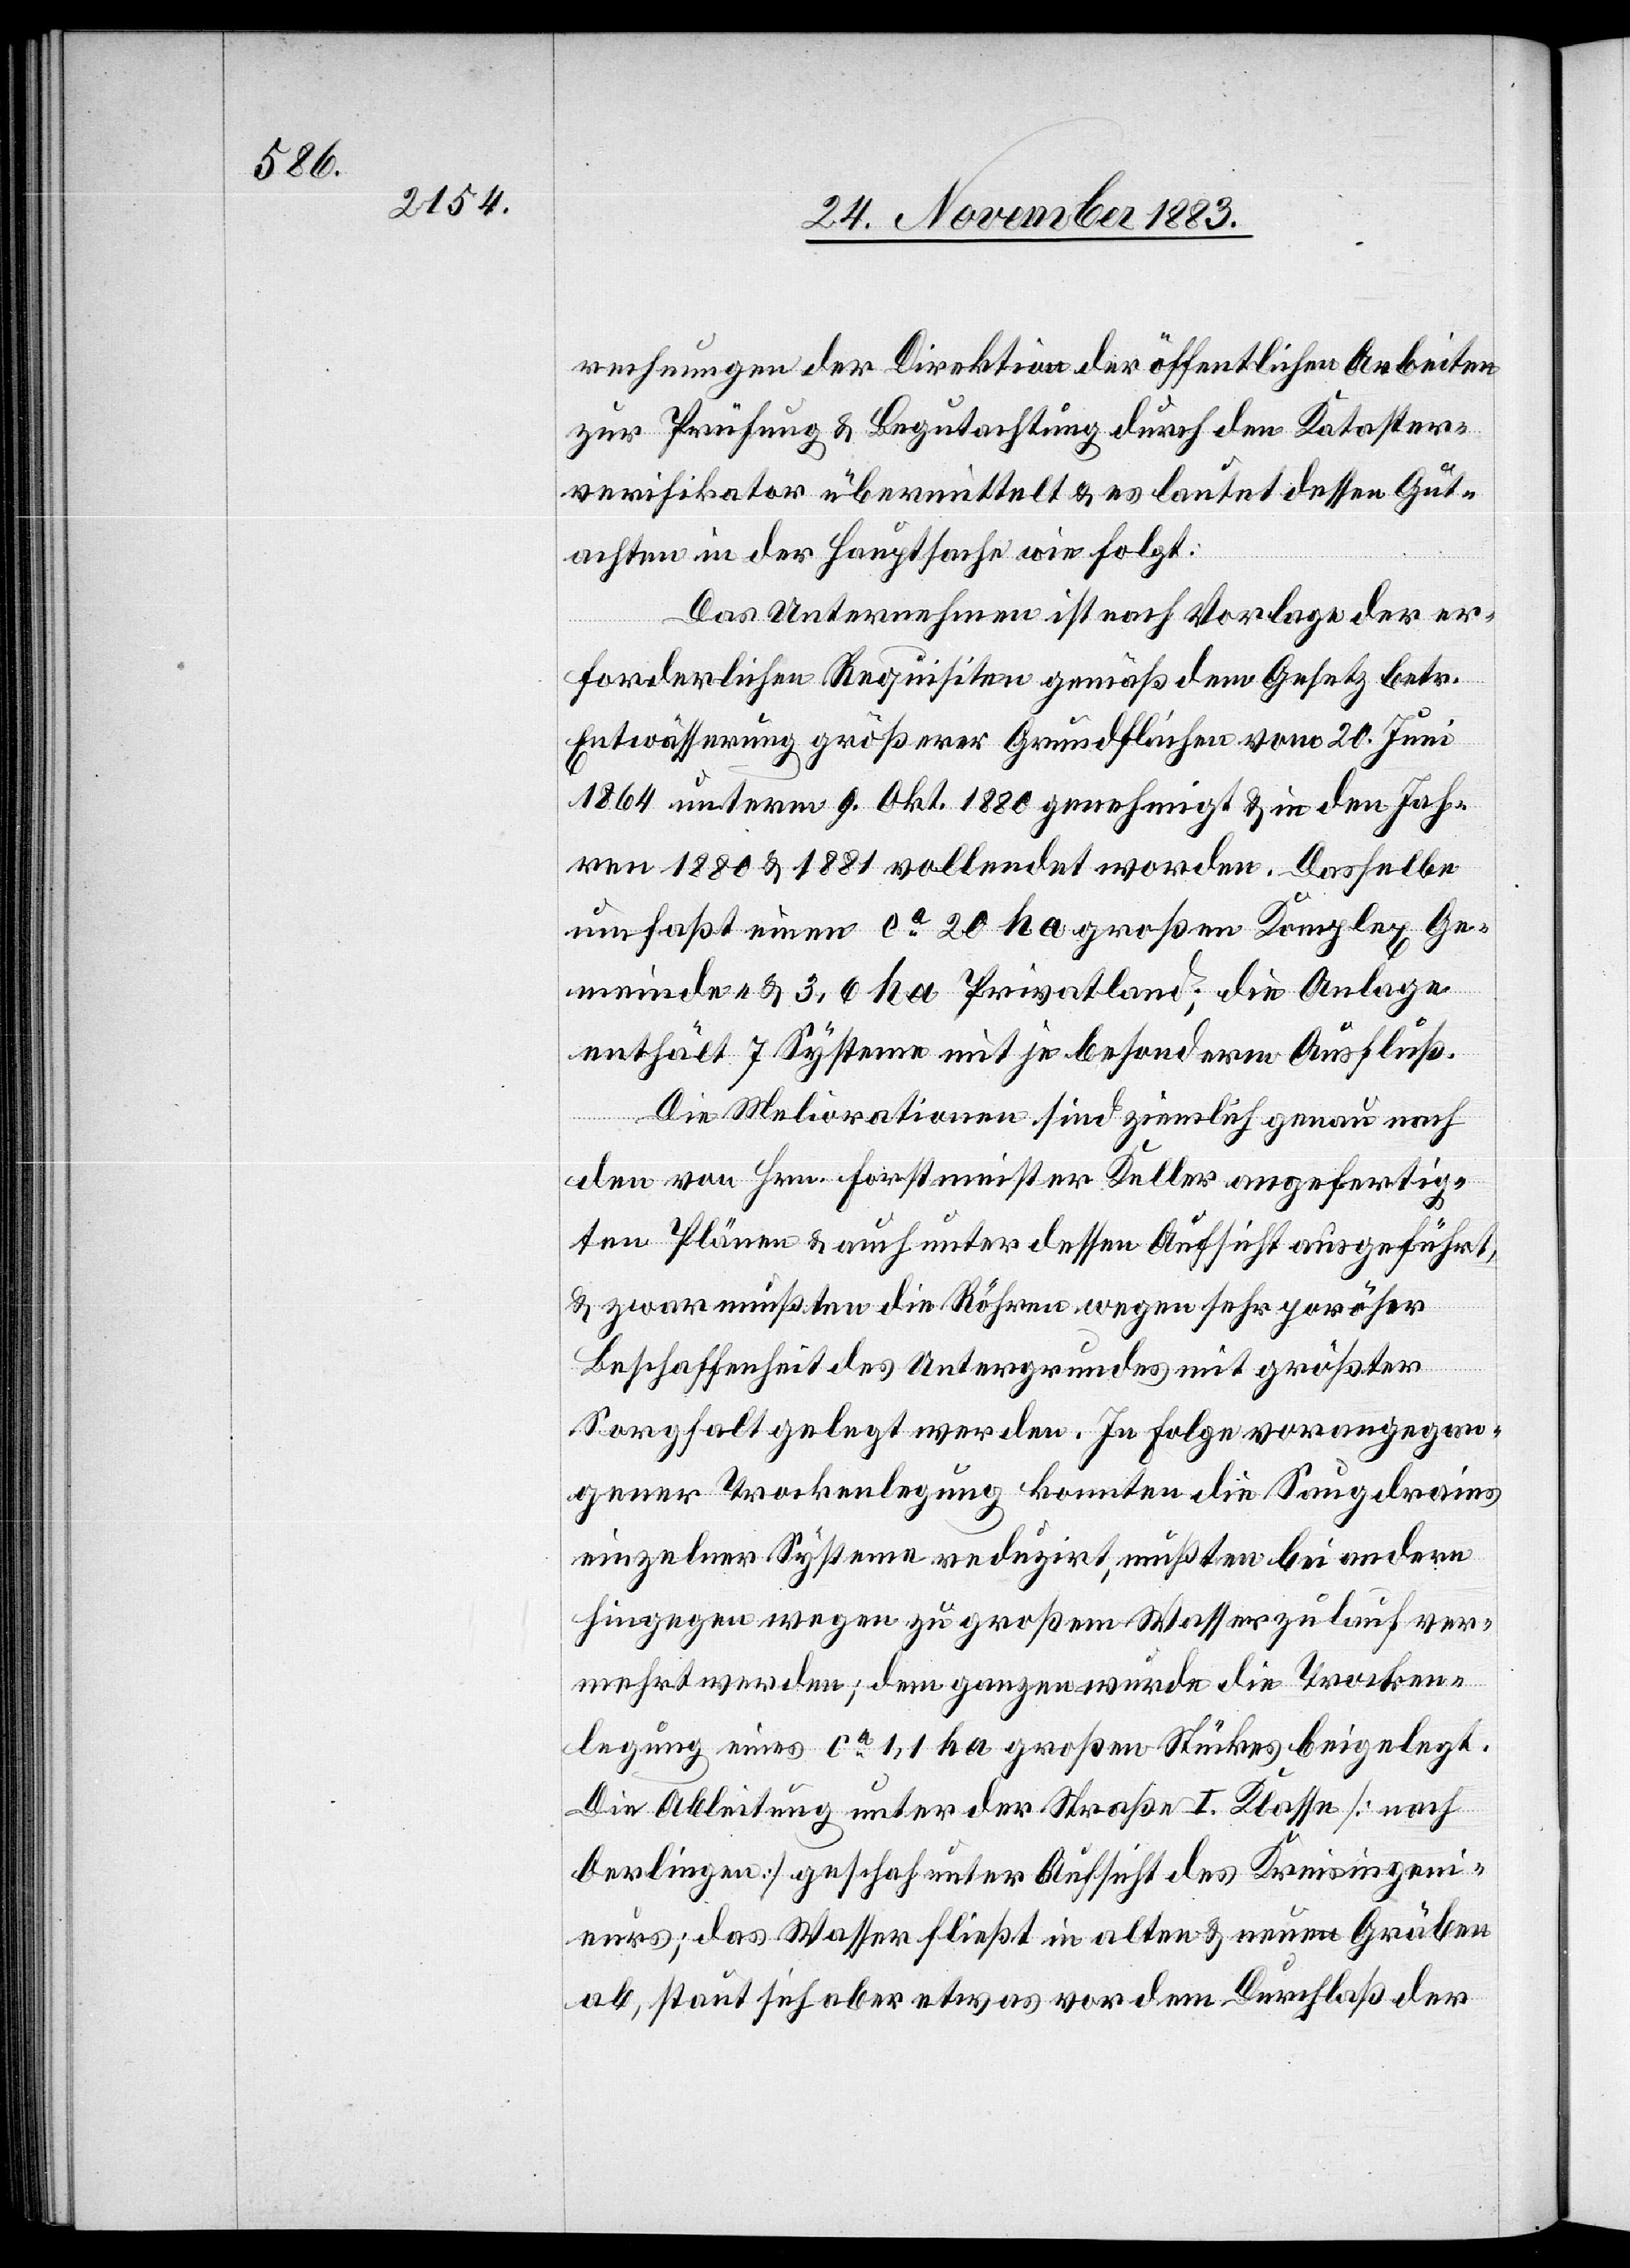
rechnungen der Direktion der öffentlichen Arbeiten
zur Prüfung & Begutachtung durch den Kataster¬
verifikator übermittelt & es lautet dessen Gut¬
achten in der Hauptsache wie folgt:
Das Unternehmen ist nach Vorlage der er¬
forderlichen Requisiten gemäß dem Gesetz betr.
Entwässerung größerer Grundflächen vom 20. Juni
1864 unterm 9. Oktober 1880 genehmigt & in den Jah¬
ren 1880 & 1881 vollendet worden. Dasselbe
umfaßt einen ca 20 ha großen Komplex Ge¬
meinde- & 3,6 ha Privathand; die Anlage
enthält 7 Systeme mit je besonderm Ausfluß.
Die Meliorationen sind ziemlich genau nach
den von Hrn. Forstmeister Keller angefertig¬
ten Plänen & auch unter dessen Aufsicht ausgeführt,
zwar mußten die Röhren wegen sehr poröser
Beschaffenheit des Untergrundes mit größter
Sorgfalt gelegt werden. In Folge vorangegan¬
gener Trockenlegung konnten die Saufdrains
einzelner Systeme reduzirt, mußten bei andern
hingegen wegen zu großem Wasserzulauf ver¬
mehr werden; dem ganzen wurde die Trocken¬
legung eines ca 1,1 ha großen Stückes beigelegt.
Die Ableitung unter der Straße I. Klasse [nach
Oerlingen] geschah unter Aufsicht des Kreisingeni¬
eurs; das Wasser fließt in alten & neuen Gräben
ab, staut sich aber etwas vor dem Durchlaß der